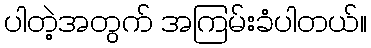
ပါတဲ့အတွက် အကြမ်းခံပါတယ်။